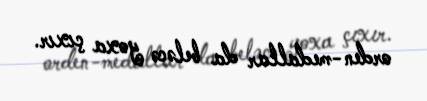
orden-medallar da beləcə yoxa çıxır.